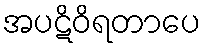
အပဋိဝိရတာပေ